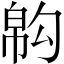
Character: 𢄇